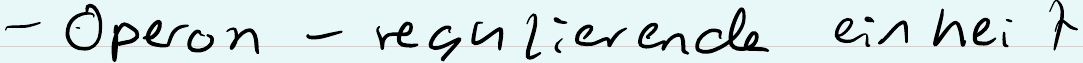
- Operon - regulierende einheit